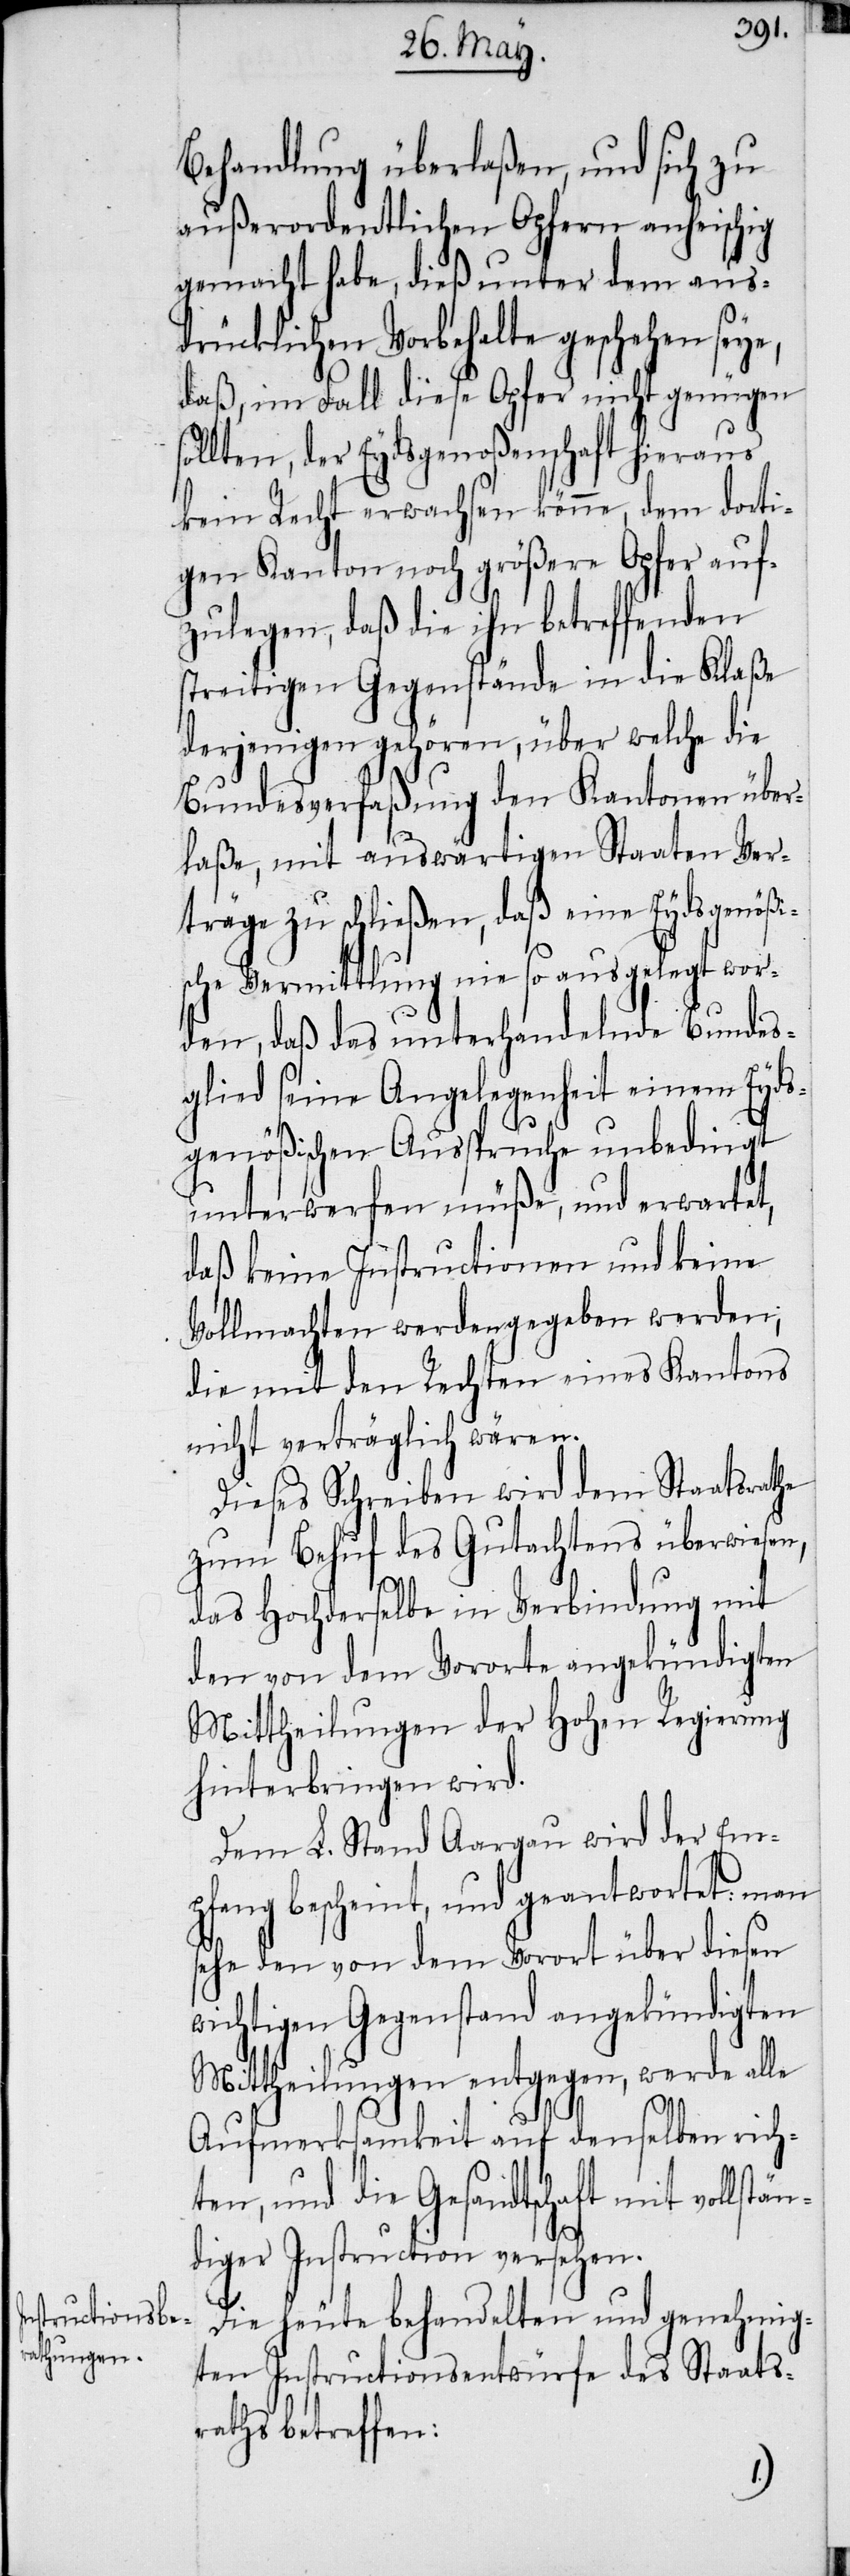
Behandlung überlaßen, und sich zu
außerordentlichen Opfern anheischig
gemacht habe, dieß unter dem aus¬
drücklichen Vorbehalte geschehen seye,
enden
daß, im Fall diese Opfer ni¬
so¬
llten, der Eydsgenoßenschaft
dorti¬
kein Recht erwachsen könne,
gen Kanton noch größere Opfer auf¬
zulegen, daß die ihn betreff¬
streitigen Gegenstände in die Klaße
derjenigen gehören, über welche die
Bundesverfaßung den Kantonen über¬
laße, mit auswärtigen Staaten Ver¬
träge zu schließen, daß eine Eydsgenößi¬
sche Vermittlung nie so ausgelegt wor¬
den, daß das unterhandelnde Bundes¬
glied seine Angelegenheit einem Eyds¬
genößischen Ausspruche unbedingt
unterwerfen müße, und erwartet,
daß keine Instructionen und keine
Vollmachten werden gegeben werden;
die mit den Rechten eines Kantons
nicht verträglich wären.
Dieses Schreiben wird dem Staatsrathe
zum Behuf des Gutachtens überwiesen,
das Hochderselbe in Verbindung mit
den von dem Vororte angekündigten
Mittheilungen der Hohen Regierung
hinterbringen wird.
Dem L. Stand Aargau wird der Em¬
pfang bescheint, und geantwortet: man
sehe den von dem Vorort über diesen
wichtigen Gegenstand angekündigten
Mittheilungen entgegen, werde alle
Aufmerksamkeit auf denselben rich¬
ten, und die Gesandtschaft mit vollstän¬
diger Instruction versehen.
Die heute behandelten und genehmig¬
ten Instructionsentwürfe des Staats¬
raths betreffen: